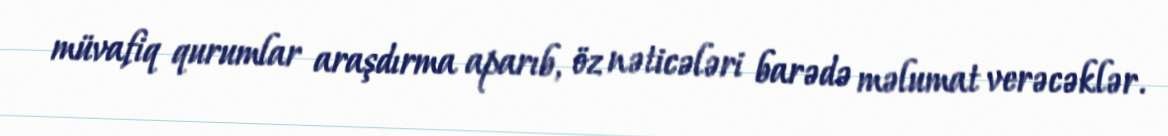
müvafiq qurumlar araşdırma aparıb, öz nəticələri barədə məlumat verəcəklər.